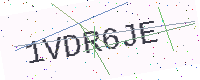
Text: 1VDR6JE